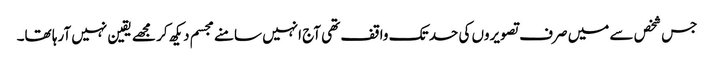
جس شخص سے میں صرف تصویروں کی حد تک واقف تھی آج انہیں سامنے مجسم دیکھ کر مجھے یقین نہیں آرہا تھا۔